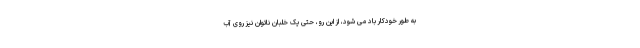
به طور خودکار باد می شود، از این رو، حتی یک خلبان ناتوان نیز روی آب